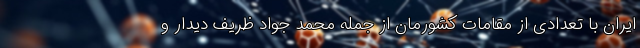
ایران با تعدادی از مقامات کشورمان از جمله محمد جواد ظریف دیدار و